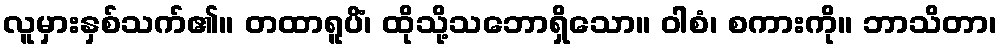
လူမှားနှစ်သက်၏။ တထာရူပိံ၊ ထိုသို့သဘောရှိသော။ ဝါစံ၊ စကားကို။ ဘာသိတာ၊